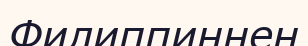
Филиппиннен